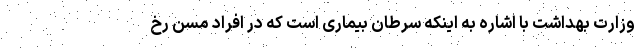
وزارت بهداشت با اشاره به اینکه سرطان بیماری است که در افراد مسن رخ